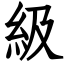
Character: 級